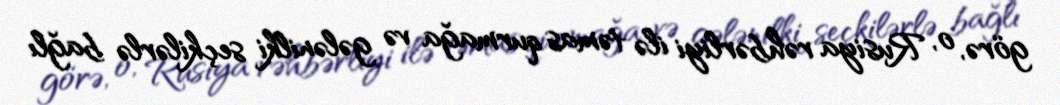
görə, o, Rusiya rəhbərliyi ilə təmas qurmağa və gələnilki seçkilərlə bağlı